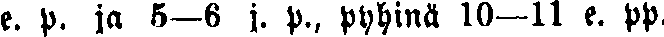
e. p. ja 5—6 j. p., pyhinä 10—11 e. pp.